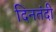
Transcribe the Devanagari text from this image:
दिनतंदी